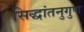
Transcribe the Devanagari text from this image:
सिद्धांतनुगुण